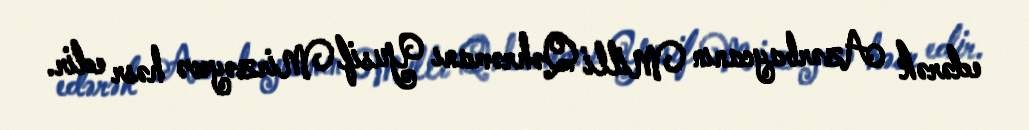
edərək Azərbaycanın Milli Qəhrəmanı Yusif Mirzəyevə həsr edir.